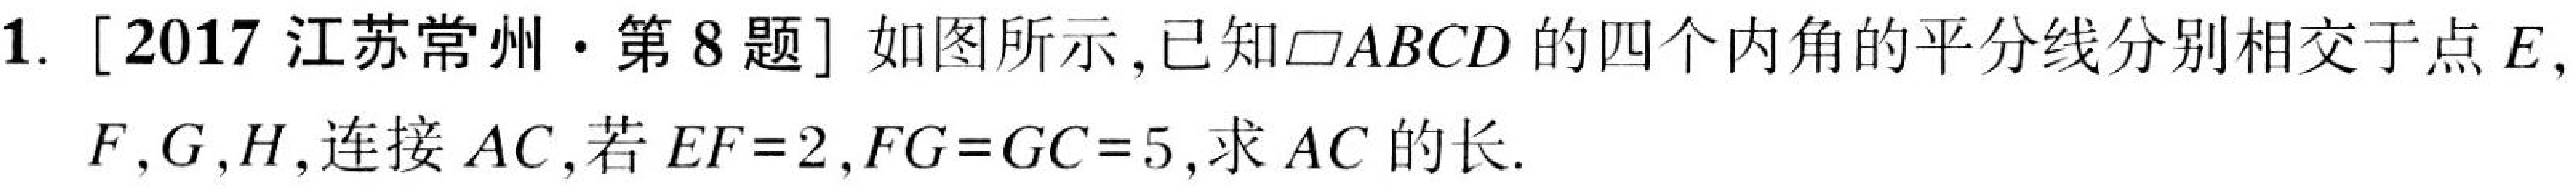
1. [2017 江苏常州·第 8 题] 如图所示，已知$\square ABCD$的四个内角的平分线分别相交于点$E,$
$F,G,H$,连接$AC$,若$EF = 2,FG = GC = 5$,求$AC$的长.